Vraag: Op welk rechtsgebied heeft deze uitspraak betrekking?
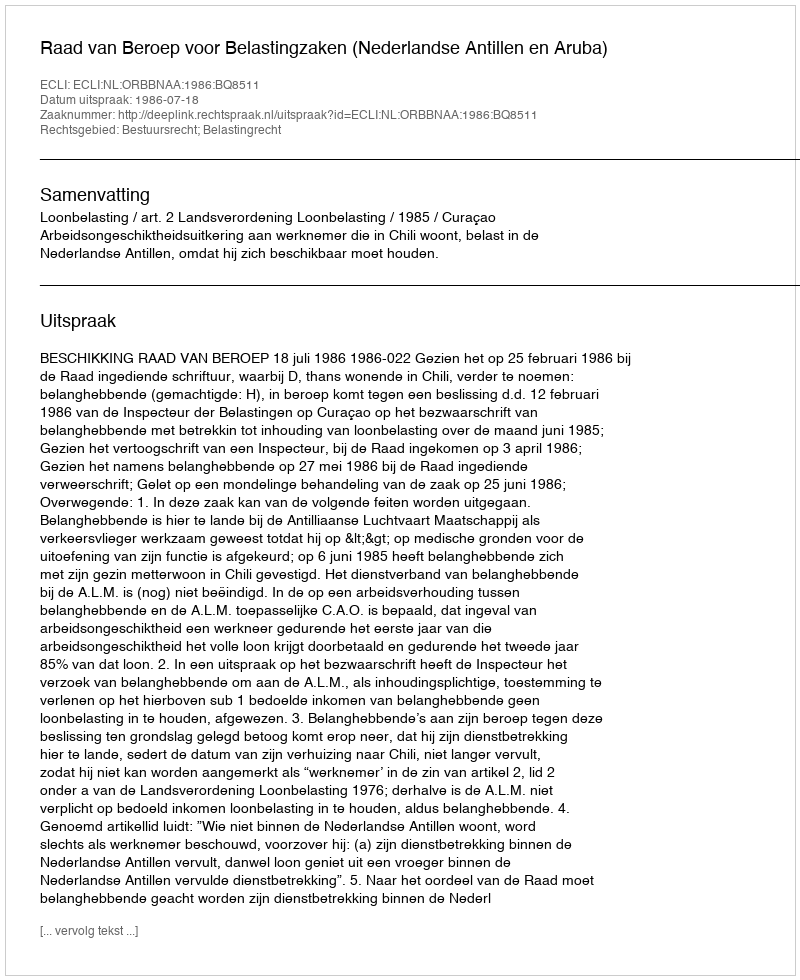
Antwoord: Bestuursrecht; Belastingrecht